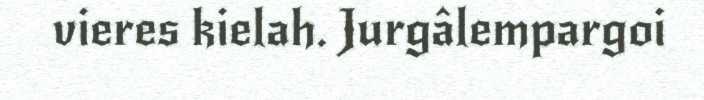
vieres kielah. Jurgâlempargoi